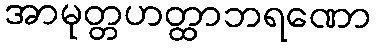
အာမုတ္တဟတ္ထာဘရဏော